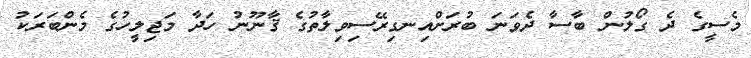
މެސީގެ ދެ ގޯލުން ބާސާ ދެވަނަ ބުރަށްއިނގިރޭސިވިލާތުގެ ޤާނޫނު ހަދާ މަޖިލީހުގެ މެންބަރަކު